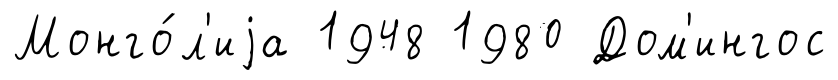
Монго́л'иjа 1948 1980 Дом'ингос